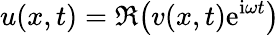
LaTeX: u(x,t)=\Re\big(v(x,t)\mathrm{e}^{\mathrm{i}\omega t}\big)